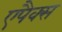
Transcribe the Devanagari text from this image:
एपैक्स